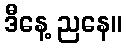
ဒီနေ့ ညနေ။